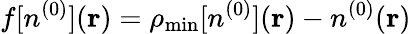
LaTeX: f[n^{(0)}]({\mathbf r})=\rho_{\mathrm{min}}[n^{(0)}]({\mathbf r})-n^{(0)}({\mathbf r})